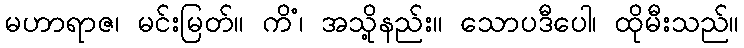
မဟာရာဇ၊ မင်းမြတ်။ ကိံ၊ အသို့နည်း။ သောပဒီပေါ၊ ထိုမီးသည်။